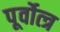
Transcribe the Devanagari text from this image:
पूर्वोत्त्र